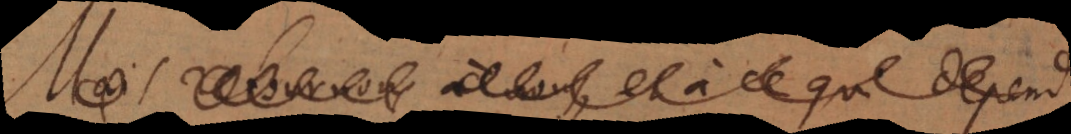
de ce qui depend